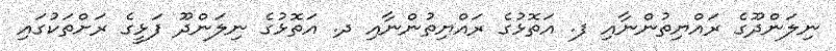
ނިލަންދޫގެ ރައްޔިތުންނާއި ފ. އަތޮޅުގެ ރައްޔިތުންނާއި ދ. އަތޮޅުގެ ނިލަންދޫ ފަޅީގެ ރަށްތަކުގައި